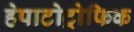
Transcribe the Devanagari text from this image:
हेपाटोट्रोफिक